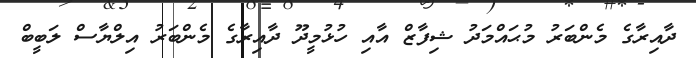
ދާއިރާގެ މެންބަރު މުޙައްމަދު ޝިފާޒް އާއި ހުޅުމީދޫ ދާއިރާގެ މެންބަރު އިލްޔާސް ލަބީބް